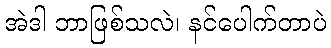
အဲဒါ ဘာဖြစ်သလဲ၊ နင်ပေါက်တာပဲ